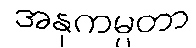
အနုကမ္ပတာ